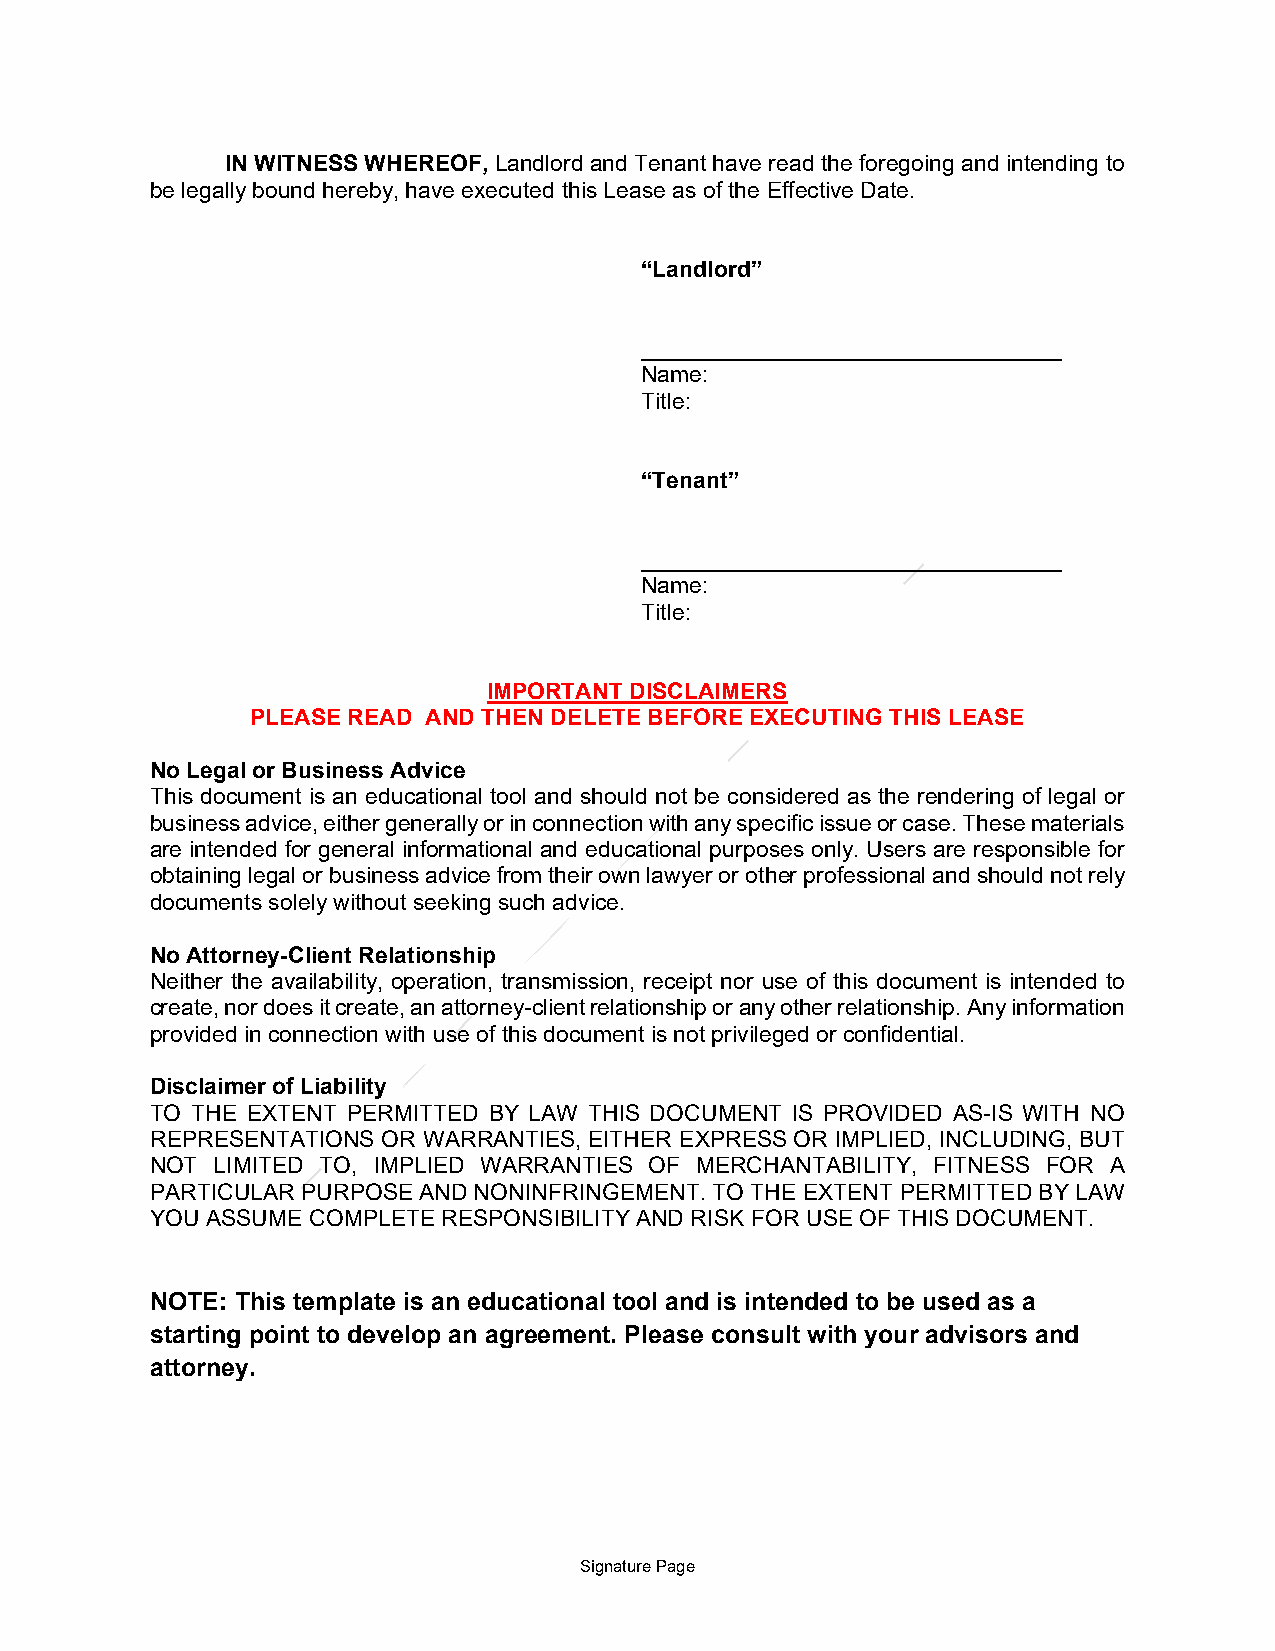
IN WITNESS WHEREOF, Landlord and Tenant have read the foregoing and intending to
 be legally bound hereby, have executed this Lease as of the Effective Date.
 “Landlord”
 _________________________________
 Name:
 Title:
 “Tenant”
 _________________________________
 Name:
 Title:
 IMPORTANT DISCLAIMERS
 PLEASE READ AND THEN DELETE BEFORE EXECUTING THIS LEASE
 No Legal or Business Advice
 This document is an educational tool and should not be considered as the rendering of legal or
 business advice, either generally or in connection with any specific issue or case. These materials
 are intended for general informational and educational purposes only. Users are responsible for
 obtaining legal or business advice from their own lawyer or other professional and should not rely
 documents solely without seeking such advice.
 No Attorney-Client Relationship
 Neither the availability, operation, transmission, receipt nor use of this document is intended to
 create, nor does it create, an attorney-client relationship or any other relationship. Any information
 provided in connection with use of this document is not privileged or confidential.
 Disclaimer of Liability
 TO THE EXTENT PERMITTED BY LAW THIS DOCUMENT IS PROVIDED AS-IS WITH NO
 REPRESENTATIONS OR WARRANTIES, EITHER EXPRESS OR IMPLIED, INCLUDING, BUT
 NOT LIMITED TO, IMPLIED WARRANTIES OF MERCHANTABILITY, FITNESS FOR A
 PARTICULAR PURPOSE AND NONINFRINGEMENT. TO THE EXTENT PERMITTED BY LAW
 YOU ASSUME COMPLETE RESPONSIBILITY AND RISK FOR USE OF THIS DOCUMENT.
 NOTE: This template is an educational tool and is intended to be used as a
 starting point to develop an agreement. Please consult with your advisors and
 attorney.
 Signature Page